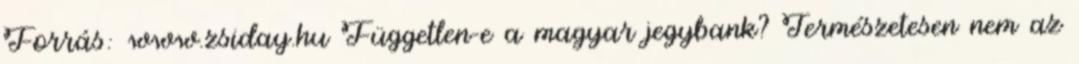
Forrás: www.zsiday.hu Független-e a magyar jegybank? Természetesen nem az